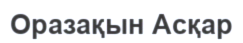
Оразақын Асқар